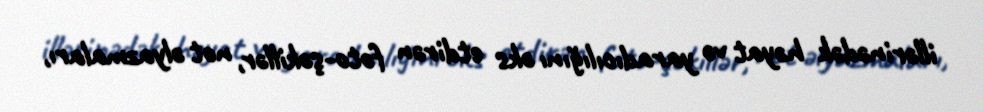
illərinədək həyat və yaradıcılığını əks etdirən foto-şəkillər, not əlyazmaları,